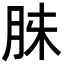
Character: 𮌓